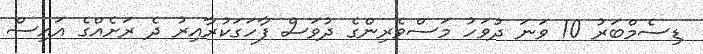
ޑިސެމްބަރު 10 ވަނަ ދުވަހު މަސްވެރިންގެ ދުވަސް ފާހަގަކުރާއިރު ދެ ރަށެއްގެ އައިސް